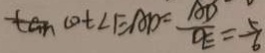
\tan \cot \angle E A D = \frac { A D } { D E } = \frac { 5 } { 6 }